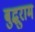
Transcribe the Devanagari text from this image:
बुद्धुराम